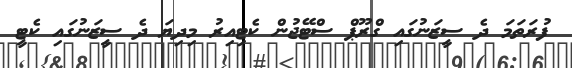
ފުރަތަމަ ދެ ސީޒަނުގައި ގްރޫޕް ސްޓޭޖުން ކެޓިއިރު މިދިޔަ ދެ ސީޒަނުގައި ކެޓީ